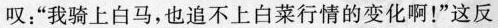
叹：“我骑上白马，也追不上白菜行情的变化啊！”这反